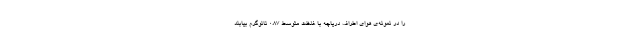
را در نمونه‌ی هوای اطراف دریاچه با غلظت متوسط ۰.۸۷ نانوگرم بیابند